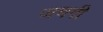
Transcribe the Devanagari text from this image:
जचगी